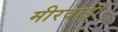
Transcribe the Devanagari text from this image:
मीरवाड़ी